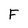
Character: F